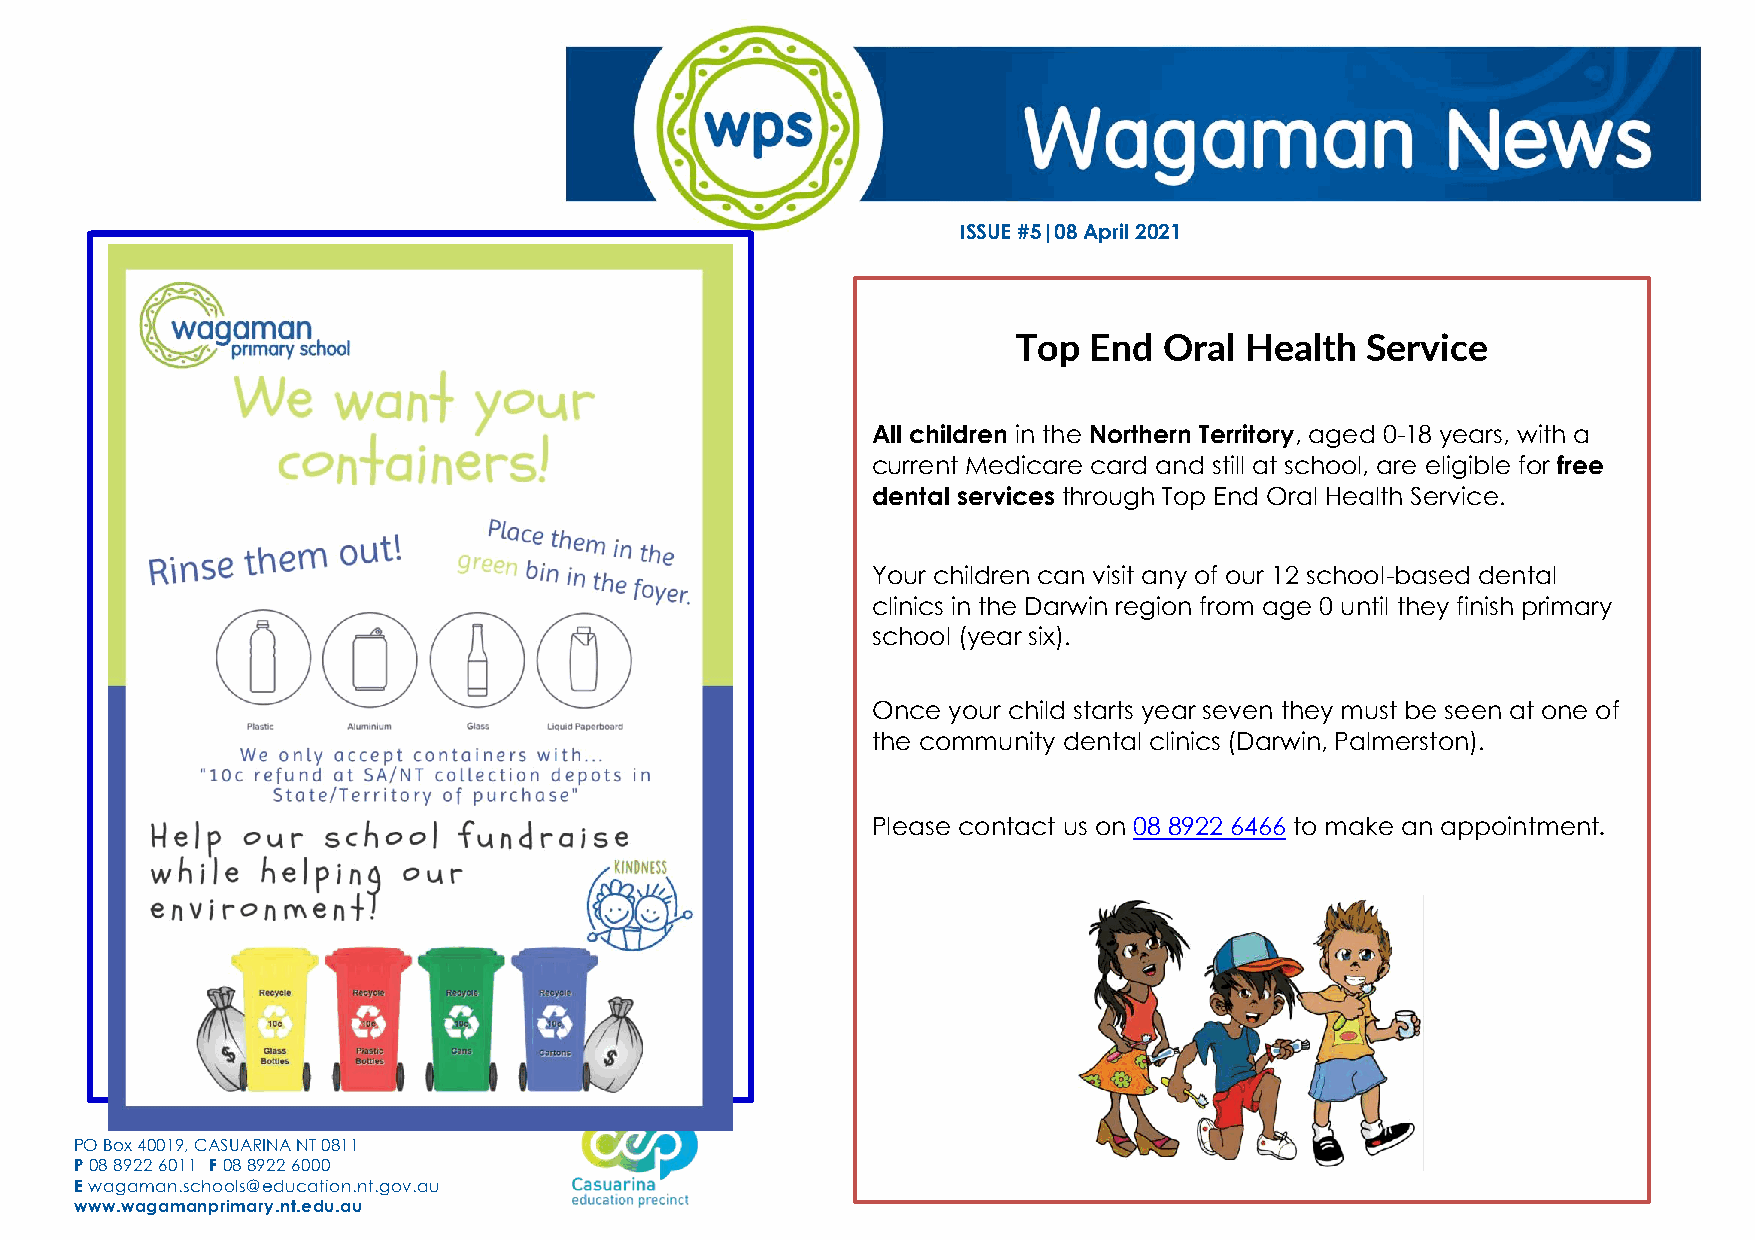
ISSUE #5|08 April 2021
 Top  End  Oral Health  Service
 All children in the Northern Territory, aged 0-18 years, with a
 current Medicare card and still at school, are eligible for free
 dental services through Top End Oral Health Service.
 Your children can visit any of our 12 school-based dental
 clinics in the Darwin region from age 0 until they finish primary
 school (year six).
 Once your child starts year seven they must be seen at one of
 the community dental clinics (Darwin, Palmerston).
 Please contact us on 08 8922 6466 to make an appointment.
 PO Box 40019, CASUARINA NT 0811
 P 08 8922 6011 F 08 8922 6000
 E wagaman.schools@education.nt.gov.au
 www.wagamanprimary.nt.edu.au